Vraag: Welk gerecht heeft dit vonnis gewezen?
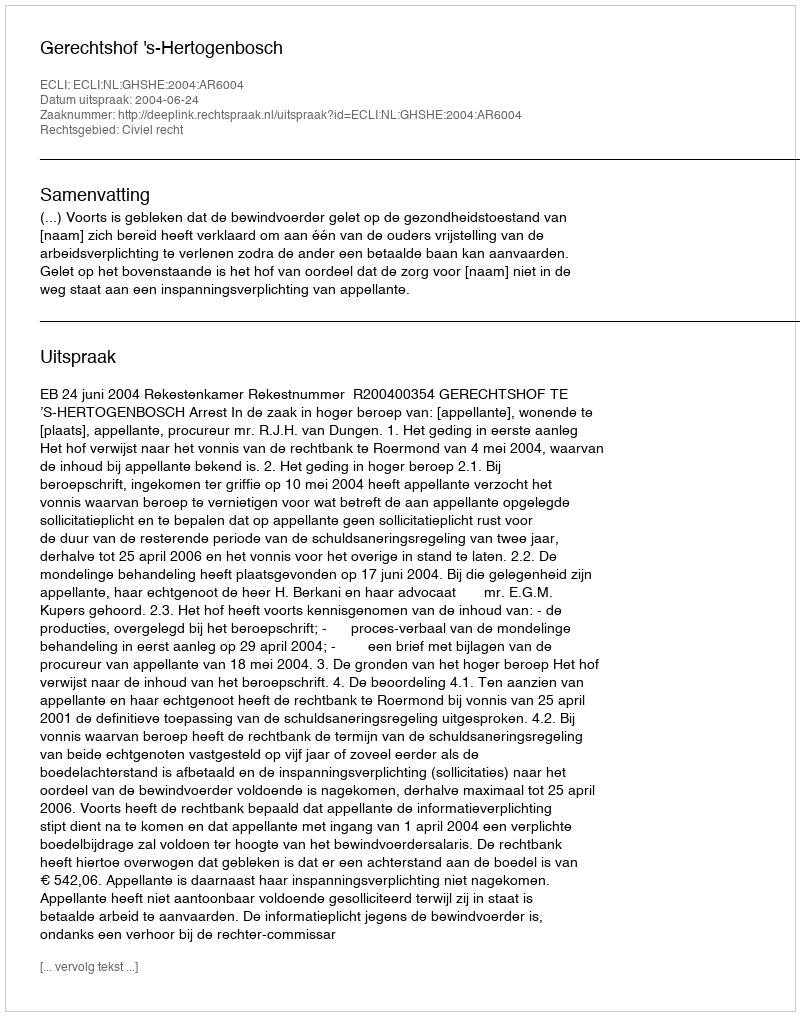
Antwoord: Gerechtshof 's-Hertogenbosch